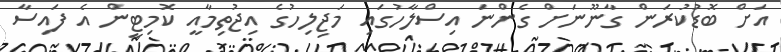
އަށް ބޮޑުކުރަން ގާނޫނަށް ގެންނަ އިސްލާހުގައި މަޖިލިހުގެ އިޖުތިމާއީ ކޮމިޓީން އެ ފައިސާ